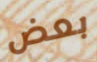
بعض